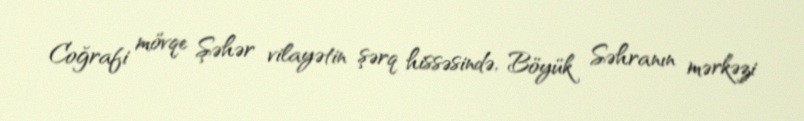
Coğrafi mövqe Şəhər vilayətin şərq hissəsində, Böyük Səhranın mərkəzi